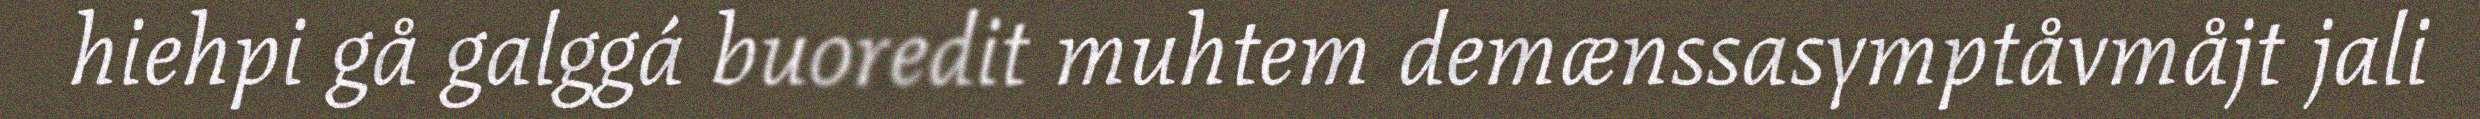
hiehpi gå galggá buoredit muhtem demænssasymptåvmåjt jali